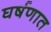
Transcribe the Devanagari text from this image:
घर्षणात